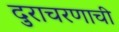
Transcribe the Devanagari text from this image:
दुराचरणाची